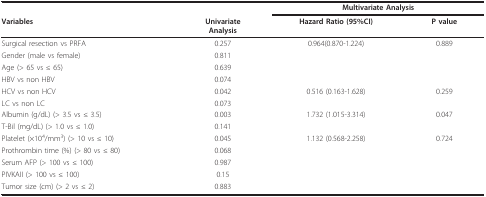
<table><thead><tr><td></td><td></td><td colspan="2"><b>Multivariate Analysis</b></td></tr><tr><td><b>Variables</b></td><td><b>UnivariateAnalysis</b></td><td><b>Hazard Ratio (95%CI)</b></td><td><b>P value</b></td></tr></thead><tbody><tr><td>Surgical resection vs PRFA</td><td>0.257</td><td>0.964(0.870-1.224)</td><td>0.889</td></tr><tr><td>Gender (male vs female)</td><td>0.811</td><td></td><td></td></tr><tr><td>Age (&gt; 65 vs ≤ 65)</td><td>0.639</td><td></td><td></td></tr><tr><td>HBV vs non HBV</td><td>0.074</td><td></td><td></td></tr><tr><td>HCV vs non HCV</td><td>0.042</td><td>0.516 (0.163-1.628)</td><td>0.259</td></tr><tr><td>LC vs non LC</td><td>0.073</td><td></td><td></td></tr><tr><td>Albumin (g/dL) (&gt; 3.5 vs ≤ 3.5)</td><td>0.003</td><td>1.732 (1.015-3.314)</td><td>0.047</td></tr><tr><td>T-Bil (mg/dL) (&gt; 1.0 vs ≤ 1.0)</td><td>0.141</td><td></td><td></td></tr><tr><td>Platelet (×10<sup>4</sup>/mm<sup>3</sup>) (&gt; 10 vs ≤ 10)</td><td>0.045</td><td>1.132 (0.568-2.258)</td><td>0.724</td></tr><tr><td>Prothrombin time (%) (&gt; 80 vs ≤ 80)</td><td>0.068</td><td></td><td></td></tr><tr><td>Serum AFP (&gt; 100 vs ≤ 100)</td><td>0.987</td><td></td><td></td></tr><tr><td>PIVKAII (&gt; 100 vs ≤ 100)</td><td>0.15</td><td></td><td></td></tr><tr><td>Tumor size (cm) (&gt; 2 vs ≤ 2)</td><td>0.883</td><td></td><td></td></tr></tbody></table>